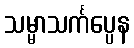
သမ္မာသင်္ကပ္ပေန